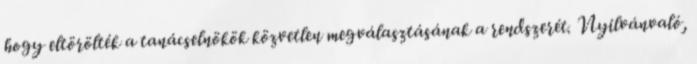
hogy eltörölték a tanácselnökök közvetlen megválasztásának a rendszerét. Nyilvánvaló,